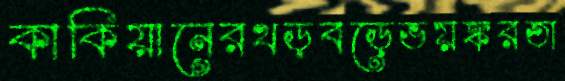
কাকিয়ানেরথড়বড়েভয়ঙ্করতা